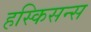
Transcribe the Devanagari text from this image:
हस्किसन्स